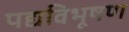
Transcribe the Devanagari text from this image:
पद्यविभूषण